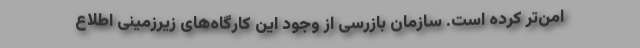
امن‌تر کرده است. سازمان بازرسی از وجود این کارگاه‌های زیرزمینی اطلاع